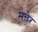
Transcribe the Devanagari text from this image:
मत्तेर